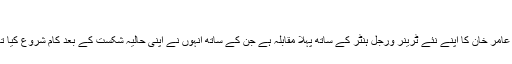
‘
یہ عامر خان کا اپنے نئے ٹرینر ورجل ہنٹر کے ساتھ پہلا مقابلہ ہے جن کے ساتھ انہوں نے اپنی حالیہ شکست کے بعد کام شروع کیا تھا۔